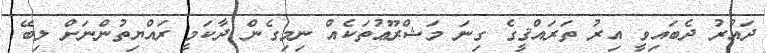
ދައުރު ދެބައިވީ އިރު ތަރައްޤީގެ ގިނަ މަޝްރޫޢުތަކެއް ނިމިގެން ދާކަމީ ރައްޔިތުންނަށް ލިބޭ